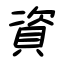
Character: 資